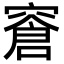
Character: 𬔎